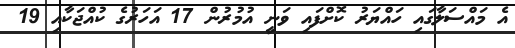
އެ މައްސަލާގައި ހައްޔަރު ކޮށްފައި ވަނީ އުމުރުން 17 އަހަރުގެ ކުއްޖަކާއި 19